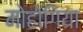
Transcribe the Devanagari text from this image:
मोहोगिया